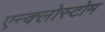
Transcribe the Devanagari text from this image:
एन्क्लोस्टोम